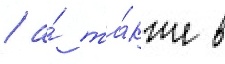
/ а́ та́кже в